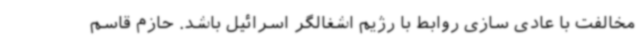
مخالفت با عادی سازی روابط با رژیم اشغالگر اسرائیل باشد. حازم قاسم